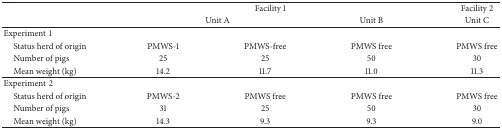
<table><thead><tr><td><b> </b></td><td colspan="3"><b>Facility 1</b></td><td><b>Facility 2</b></td></tr><tr><td><b> </b></td><td colspan="2"><b>Unit A</b></td><td><b>Unit B</b></td><td><b>Unit C</b></td></tr></thead><tbody><tr><td>Experiment1</td><td> </td><td> </td><td> </td><td> </td></tr><tr><td> Status herd of origin</td><td>PMWS-1</td><td>PMWS-free</td><td>PMWS free</td><td>PMWS free</td></tr><tr><td> Number of pigs</td><td>25</td><td>25</td><td>50</td><td>30</td></tr><tr><td> Mean weight (kg)</td><td>14.2</td><td>11.7</td><td>11.0</td><td>11.3</td></tr><tr><td>Experiment2</td><td> </td><td> </td><td> </td><td> </td></tr><tr><td> Status herd of origin </td><td>PMWS-2</td><td>PMWS free</td><td>PMWS free</td><td>PMWS free</td></tr><tr><td> Number of pigs</td><td>31</td><td>25</td><td>50</td><td>30</td></tr><tr><td> Mean weight (kg)</td><td>14.3</td><td>9.3</td><td>9.3</td><td>9.0</td></tr></tbody></table>